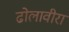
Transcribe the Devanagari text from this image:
ढोलावीरा